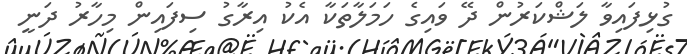
ގުޅިފައިވާ ލަޝްކަރުން ދޭ ވައިގެ ހަމަލާތަކާ އެކު އިރާގު ސިފައިން މިހާރު ދަނީ